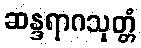
ဆန္ဒရာဂသုတ္တံ